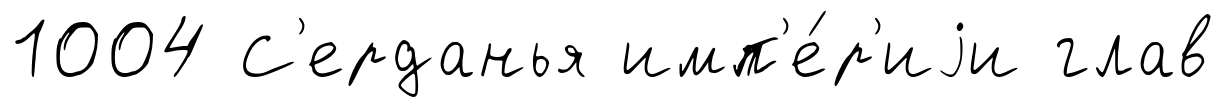
1004 С'ерданья имп'е́р'иjи глав